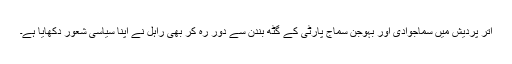
اتر پردیش میں سماجوادی اور بہوجن سماج پارٹی کے گٹھ بندن سے دور رہ کر بھی راہل نے اپنا سیاسی شعور دکھایا ہے۔